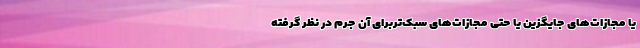
یا مجازات‌های جایگزین یا حتی مجازات‌های سبک‌تربرای آن جرم در نظر گرفته